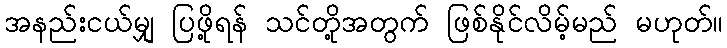
အနည်းငယ်မျှ ပြဖို့ရန် သင်တို့အတွက် ဖြစ်နိုင်လိမ့်မည် မဟုတ်။